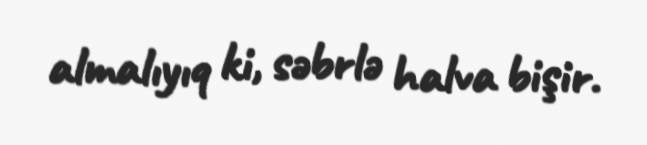
almalıyıq ki, səbrlə halva bişir.